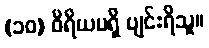
(၁၀) ဝီရိယမရှိ ပျင်းရိသူ။